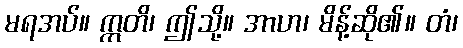
မရအပ်။ ဣတိ၊ ဤသို့။ အာဟ၊ မိန့်ဆို၏။ တံ၊